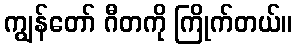
ကျွန်တော် ဂီတကို ကြိုက်တယ်။